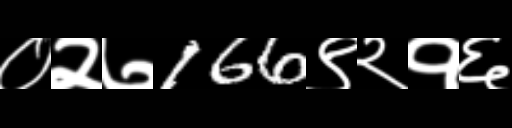
Text: ०२७166९२१६